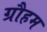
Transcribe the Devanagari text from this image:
ग्रौहम